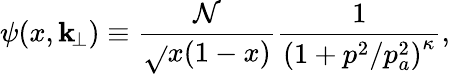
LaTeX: \psi(x,\mathbf{k}_{\! \perp})\equiv\frac{{\mathcal{{N}}}}{{\sqrt{}{{x(1-x)}}}}\frac{{1}}{{\left(1+p^{2}/p_{a}^{2}\right)^{\kappa}}},